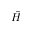
\hat { H }